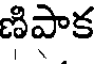
ణిపాక